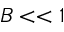
B < < 1